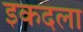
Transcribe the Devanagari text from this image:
इकदला